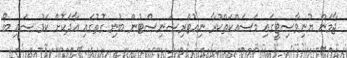
ޖާމަން ޔުނިވާސިޓީގައި މަސައްކަތްކުރާ ނިއުޓްރިޝަނިސްޓުން ބުނި ގޮތުގައި އާދަކޮށް ކަޅު ސައި ބޯ